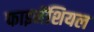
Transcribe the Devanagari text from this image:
फाइनेंशियल